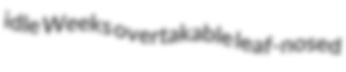
idle Weeks overtakable leaf-nosed